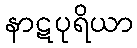
နာဋပုရိယာ